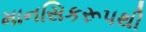
માનસિકરૂપથી